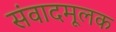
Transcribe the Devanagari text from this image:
संवादमूलक